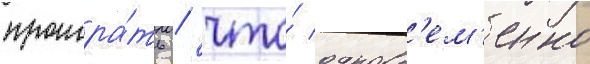
проигра́ть / что́ одновр'ем'енно